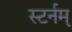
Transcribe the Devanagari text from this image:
स्टर्नम्‌